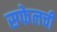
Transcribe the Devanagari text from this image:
सफेलची